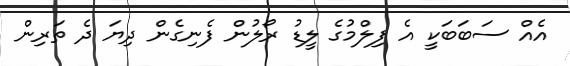
އެއް ސަބަބަކީ އެ ފިލްމުގެ ލީޑު ރޯލުން ފެނިގެން ދިޔަ ދެ ތަރިން